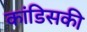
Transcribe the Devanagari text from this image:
कांडिसकी